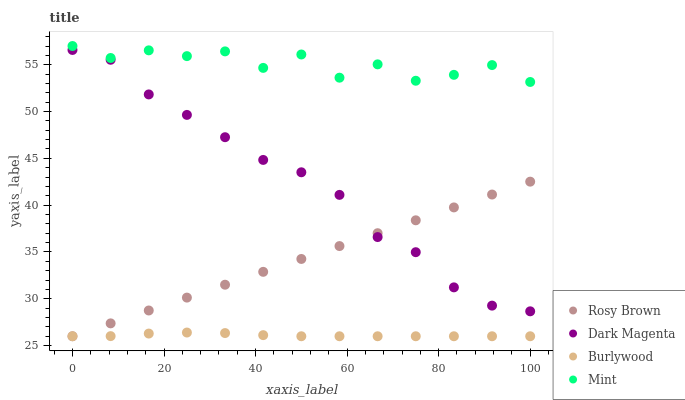
| xaxis_label | Rosy Brown | Dark Magenta | Burlywood | Mint |
 | --- | --- | --- | --- | --- |
 | 0 | 26 | 56.6 | 26 | 57 |
 | 8.33 | 27.4 | 55.5 | 26 | 55.7 |
 | 16.7 | 28.8 | 51.8 | 26.3 | 56.5 |
 | 25 | 30.1 | 49.6 | 26.4 | 55.9 |
 | 33.3 | 31.5 | 47.3 | 26.3 | 56.4 |
 | 41.7 | 32.9 | 44.8 | 26.1 | 54.7 |
 | 50 | 34.3 | 43.5 | 26 | 56.1 |
 | 58.3 | 35.6 | 41.1 | 26 | 53.6 |
 | 66.7 | 37 | 36.6 | 26 | 55 |
 | 75 | 38.4 | 35 | 26 | 53.3 |
 | 83.3 | 39.8 | 31.2 | 26 | 53.9 |
 | 91.7 | 41.1 | 29.3 | 26 | 55 |
 | 100 | 42.5 | 28.7 | 26 | 53.2 |